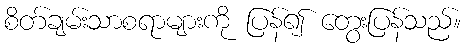
စိတ်ချမ်းသာစရာများကို ပြန်၍ တွေးပြန်သည်။